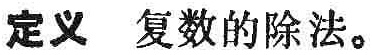
定义 复数的除法。